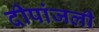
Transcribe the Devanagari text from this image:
दीपांजली